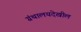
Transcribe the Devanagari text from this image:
ग्रंथालयदेखील